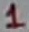
Text: 1